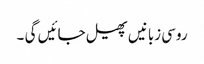
روسی زبانیں پھیل جائیں گی ۔